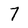
Character: 7